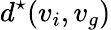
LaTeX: d^{\star}(v_{i},v_{g})